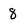
Character: 8